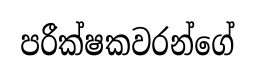
පරීක්ෂකවරන්ගේ